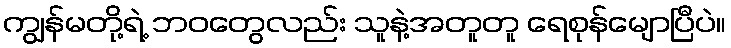
ကျွန်မတို့ရဲ့ ဘဝတွေလည်း သူနဲ့အတူတူ ရေစုန်မျောပြီပဲ။